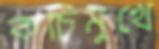
কচিমুখে